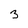
Character: 3